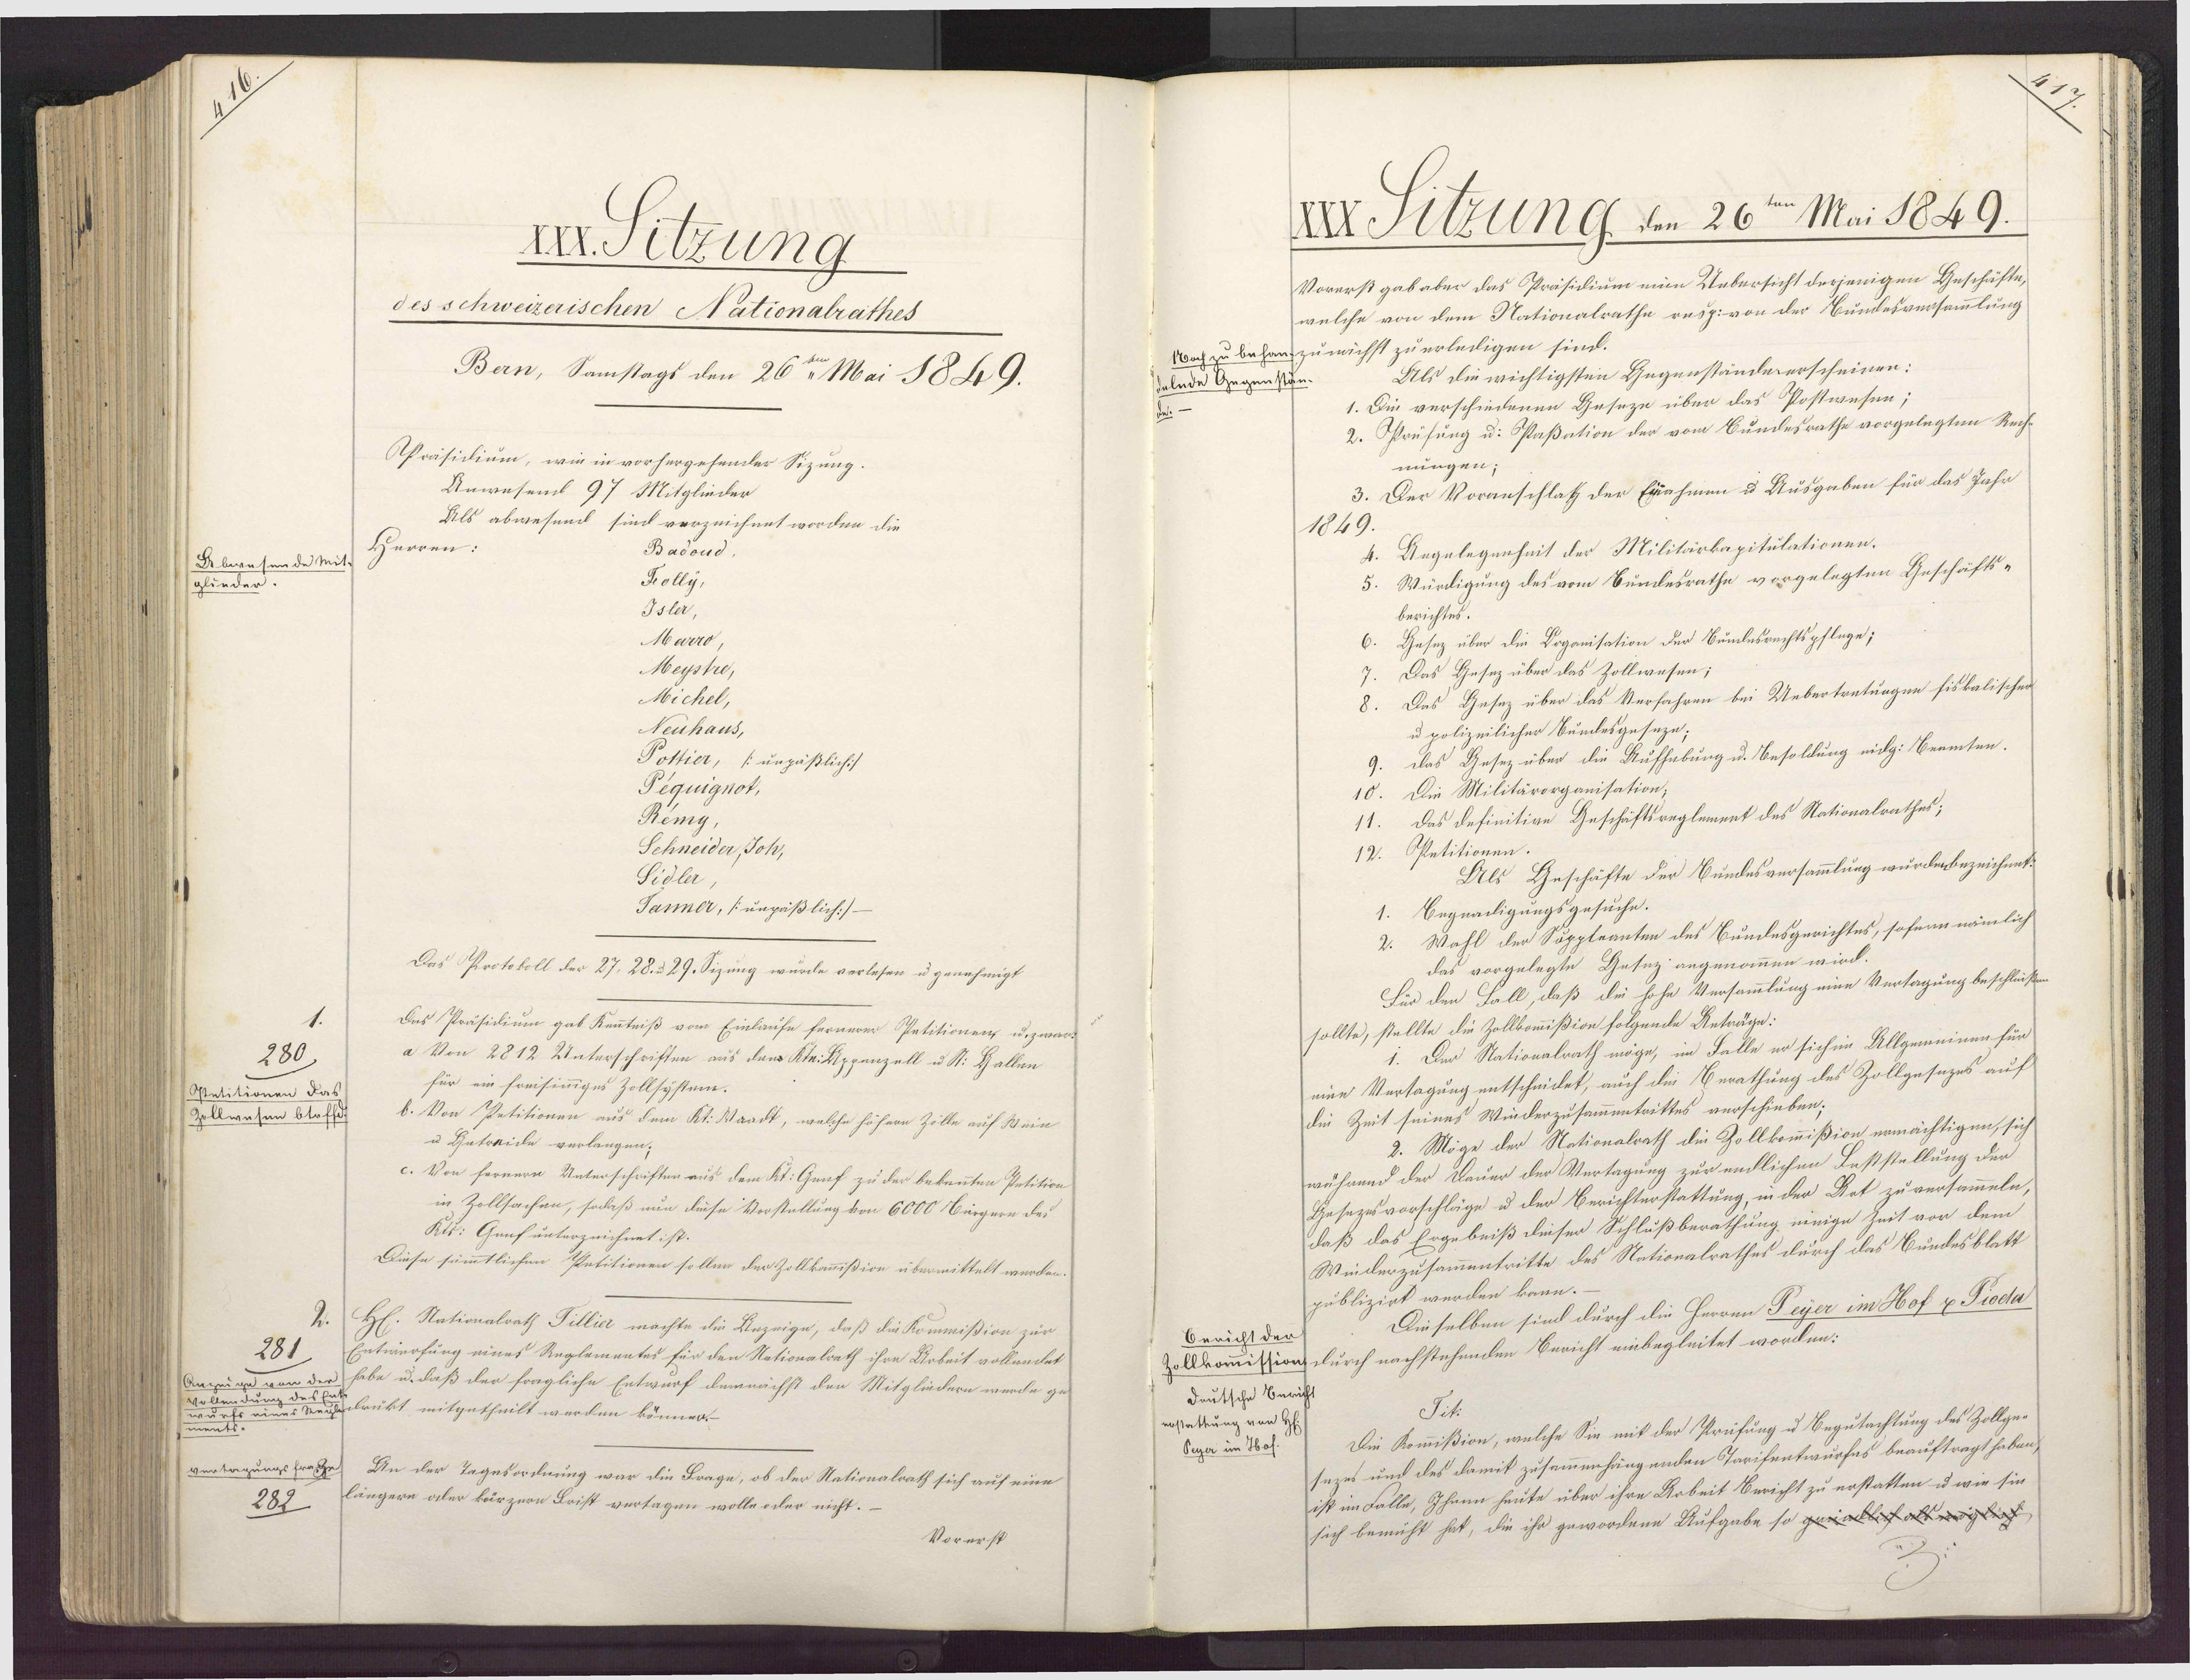
A. Sitzung
des schweizerischen Nationalrathes
Bern, Samstags den 26te Mai 1849.
APräsidium, wie in vorhergehender Sizung.
Anwesend 97 Mitglieder
Als abwesend sind verzeichnet worden die
Herren:
Basoud
Abwesende Mit
Kolly,
glieder.
Isler,
Marro
Meystre,
Michel,
Neuhaus,
Poltier, /:unzäßlich:/
Pequignot,
Rémy,
Schneider,/ Joh,
Sidler
Tanner, /:unpäßlich:/
Das Protokoll der 27. 28. 329. Sizung wurde verlesen u genehmigt
Das Präsidium gab Kenntniß vom Einlaufe fernerer Petitionen u.zwar-
a Von 2812 Unterschriften aus dem Kte: Appenzell u St. Hallen
280)
für ein freisiniges Zollsystem.
Ostetitionen Das
Zollwesen blafft
b. Von Petitionen aus dem Kt. Waadt, welche höhern Zille auf Wein
u Getraide verlangen;
c. Von fernern Unterschriften aus dem Kt. Genf zu der bekennten Petition
in Zollsachen, sodaß nun diese Vorstellung von 6000 Bürgern des
Kls: Genf unterzeichnet ist.
Diese sämmtlichen Petitionen sollen der Zollkommißion übermittelt werden.
H: Nationalrath Tillic machte die Aezeige, daß die Kommißion zur
281
Entwerfung eines Reglementes für den Nationalrath ihre Arbeit vollendet
Anzeige von de
habe u. daß der fragliche Entwurf demnächst den Mitgliedern werde ge-
eun
drukt mitgetheilt werden können.
vertagungs fraGe
An der Tagesordnung war die Frage, ob der Stationalrath sich auf eine
längern aler kärzern Leist vertagen wolle oder nicht.
282
Vorerst

XI Atzung. den 26 Mai 1849.
Vorerst gab aber das Präsidium eine Uebersicht derjenigen Geschäfte,
welche von dem Nationalrathe rusp: von der Bundesversammlung
Woch zu behanfzunächst zu erledigen sind.
Als die wichtigsten Gegenstände erscheinen:
selnde Gegenstön¬
1. Die verschiedenen Geseze über das Postwesen;
2. Prüfung u: Paßation der vom Bundesrathe vorgelegten Rech¬
nungen;
3. Der Voranschlaß der Eyahmen u Ausgaben für das Jahr
1849.
Angelegenheit der Militärkapitulationen.
Würdigung des vom Bundesrathe vorgelegten Geschäfts¬
berichtes.
Gesez über die Doganisation der Bumdesrechtspflage;
Das Gesez über das Zollwesen;
Das Gesez über das Verfahren bei Uebertretungen fiskalischen
u polizeilicher Bundesgeseze;
das Gesez über die Aufhebung u. Besoldung eidg: Beamten.
Die Militärorganisation;
Das definitive Geschäftsreglement des Nationalrathes;
12. Oetitionen.
Als Geschäfte der Bundesversammlung wurdenbezeichnet
1. Begnadigungsgesuche.
2. Wahl der Suppleanten des Bundesgerichtes, sofern nämlich
das vorgelegte Gesez angenommen wird.
Für den Fall, daß die hohe Versammlung eine Vertagung beschleißen
sollte, stellte die Zollkommißion folgende Anträge:
1. Der Nationalrath möge, im Falle er sich im Allgemeinen für
eine Vertagung entscheidet, auch die Berathung des Zollgesezes auf
die Zeit seines Winderzusammentrittes verschieben;
2. Möge der Nationalrath die Zollkommißion ermächtigen, sich
während der Dauer der Vertagung zur endlichen Laßstellung der
Gesezesvorschläge u der Berichterstattung, in der Aot zu versammeln,
daß das Ergebniß dieser Schlußberathung einige Zeit vor dem
Winderzusammentritte des Nationalrathes durch das Bundesblatt
publizirt werden kann.
Dieselben sind durch die Herren Peyer im Hof & Pioda
Bericht der
Zollkommission durch nachstehenden Bericht einbegleitet worden:
Deutsche Bericht
Tit:
erstattung von H.
Die Kommißion, welche Sie mit der Prüfung u Begutachtung des Zollge¬
Peyer im Hof.
sezes und des damit zusammenhängenden Tarifentwurfes beauftragt haben,
ist im Falle, Ihnen heute über ihre Arbeit Bericht zu erstatten u wie sie
sich bemüht hat, die ihr gewordene Aufgabe so gelich als egliht

.